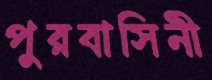
পুরবাসিনী